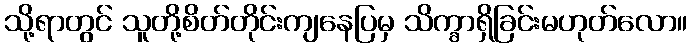
သို့ရာတွင် သူတို့စိတ်တိုင်းကျနေပြမှ သိက္ခာရှိခြင်းမဟုတ်လော။